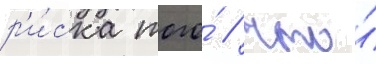
р'и́ска того́ / что́